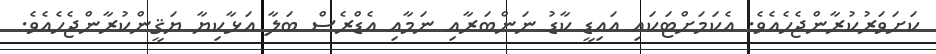
ކަށަވަރުކުރާންޖެހެއެވެ. އެކަމަށްޓަކައި އައިޑީ ކާޑު ނަންބަރާއި ނަމާއި އެޑްރެސް ބަލާ އަޅާކިޔާ ޔަޤީންކުރާންޖެހެއެވެ.